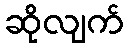
ဆိုလျက်